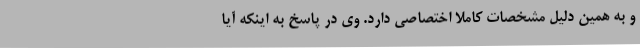
و به همین دلیل مشخصات کاملا اختصاصی دارد. وی در پاسخ به اینکه آیا